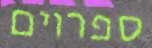
ספרוים